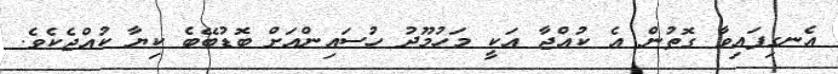
އެނގިފައިވާ ގޮތުން އެ ކުއްޖާ އަކީ މަހުމޫދު ހުސައިންއަށް ބޮޑުބޭބެ ކިޔާ ކުއްޖެކެވެ.